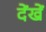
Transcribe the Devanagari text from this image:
देंखें